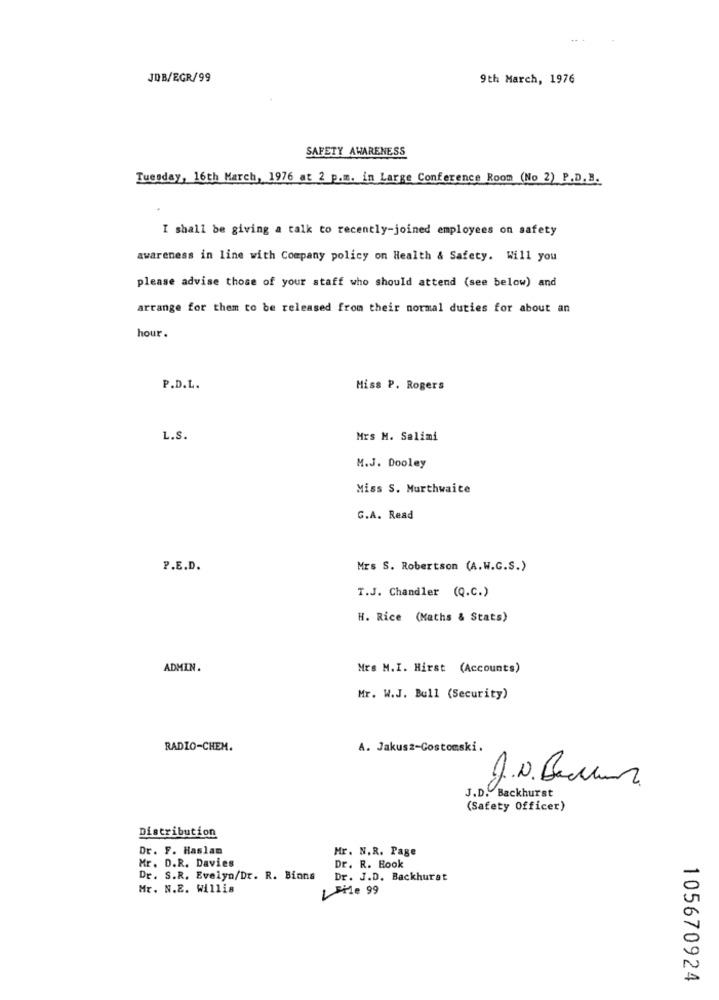
JDB/EGR/99
9th March, 1976
SAFETY AWARENESS
Tuesday, 16th March, 1976 at 2 p.m. in Large Conference Room (No 2) P.D.B.
I shall be giving a talk to recently-joined employees on safety
awareness in line with Company policy on Health & Safety. Will you
please advise those of your staff who should attend (see below) and
arrange for them to be released from their normal duties for about an
hour.
P.D.L.
Miss P. Rogers
L.S.
Mrs M. Salimi
M.J. Dooley
Miss S. Murthwaite
G.A. Read
P.E.D.
Mrs S. Robertson (A.W.C.S.)
T.J. Chandler (Q.C.)
H. Rice (Maths & Stats)
ADMIN.
Mrs M.I. Hirst (Accounts)
Mr. W.J. Bull (Security)
RADIO-CHEM.
A. Jakusz-Costomski.
J.N. Berlin
J.D. Backhurst
(Safety Officer)
Distribution
Dr. F. Haslam
Mr. N.R. Page
Mr. D.R. Davies
Dr. R. Book
Dr. S.R. Evelyn/Dr. R. Binns
Dr. J.D. Backhurst
Mr. N.E. Willis
File 99
105670924